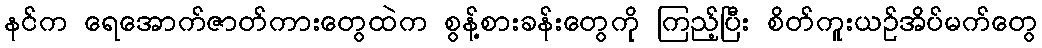
နင်က ရေအောက်ဇာတ်ကားတွေထဲက စွန့်စားခန်းတွေကို ကြည့်ပြီး စိတ်ကူးယဉ်အိပ်မက်တွေ